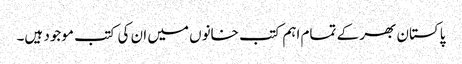
پاکستان بھر کے تمام اہم کتب خانوں میں ان کی کتب موجود ہیں۔